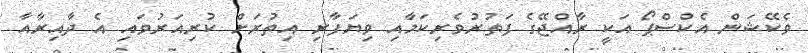
ވެކޭޝަން އެކްސްޕޯ އަކީ ރާއްޖޭގެ ފަތުރުވެރިކަމާއި ވިޔަފާރި އިތުރަށް ކުރިއަރުވައި އެ ދާއިރާއާ